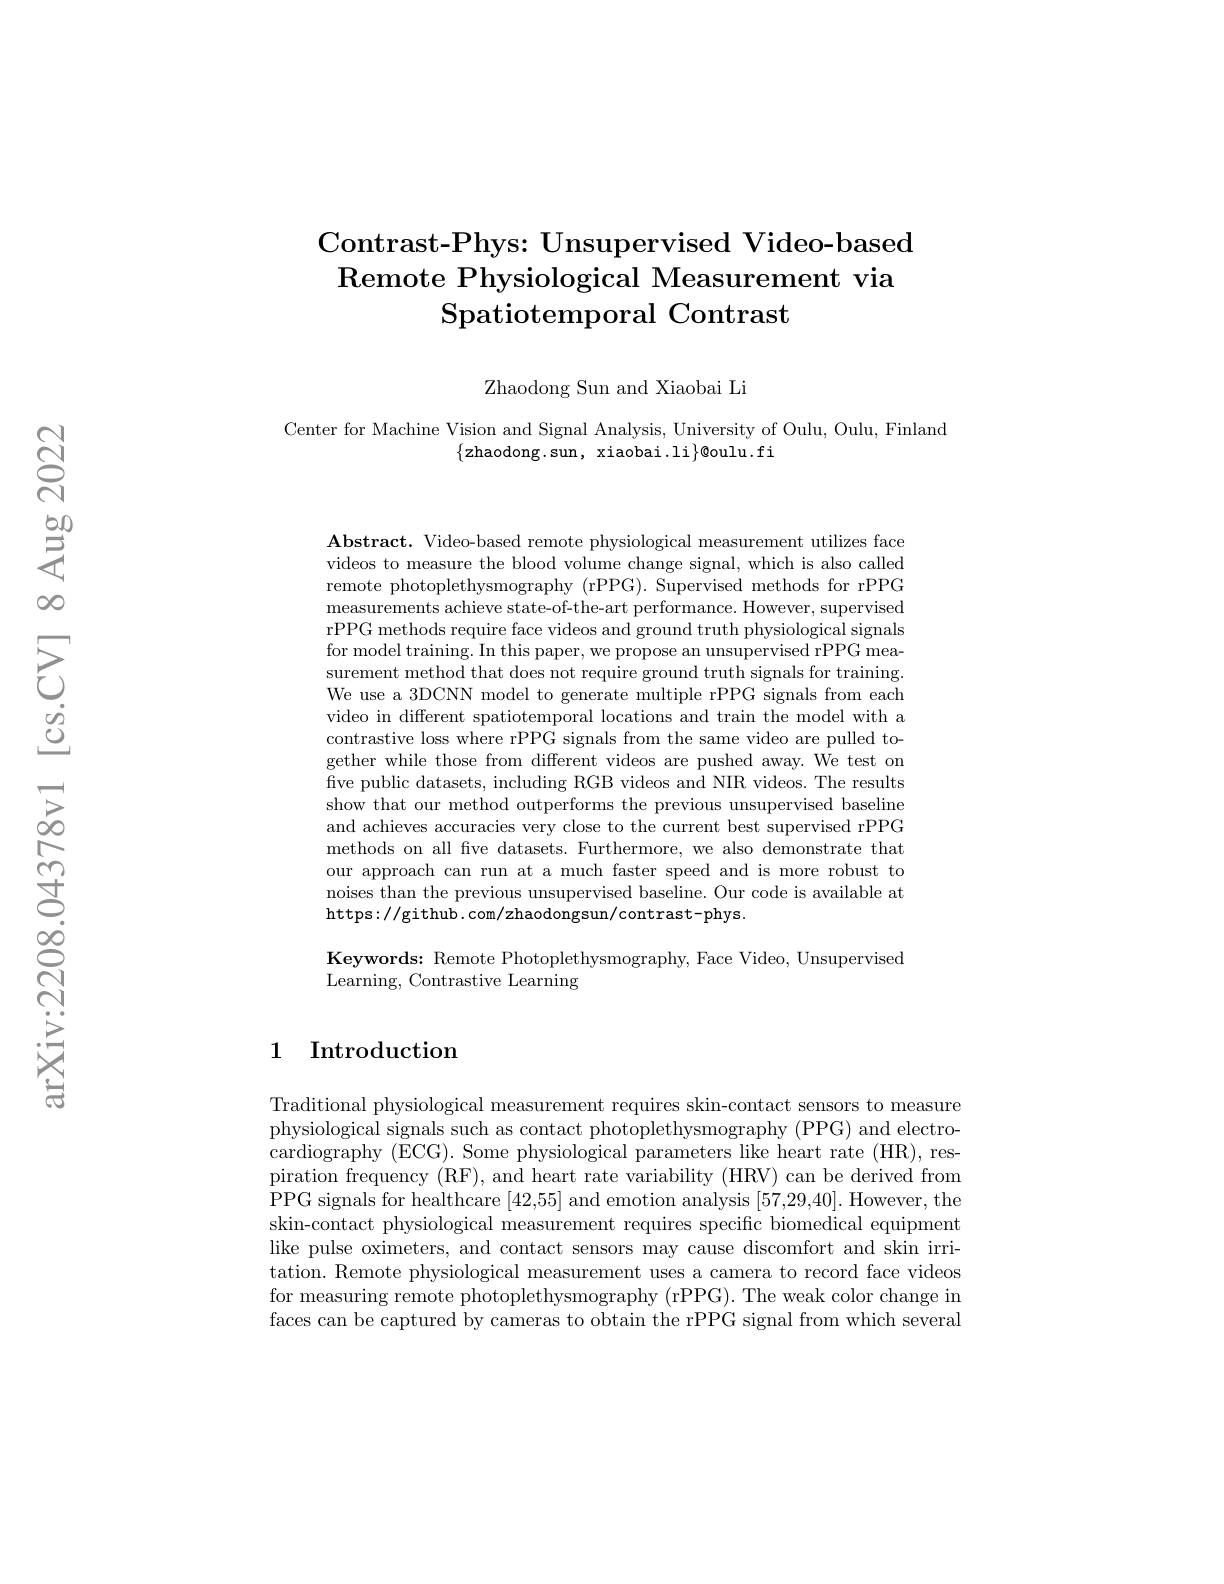
# Contrast-Phys: Unsupervised Video-based Remote Physiological Measurement via $\operatorname{Spatiotemporal}$ Contrast

Zhaodong Sun and Xiaobai Li

Center for Machine Vision and Signal Analysis, University of Oulu, Oulu, Finland
$\{$zhaodong.sun, xiaobai.li$\}$@oulu.fi

$\mathbf{Abstract.~Video-based~remote~physiological~measurement~utilizes~face}$ videos to measure the blood volume change signal, which is also called remote photoplethysmography (rPPG). Supervised methods for rPPG measurements achieve state-of-the-art performance. However, supervised rPPG methods require face videos and ground truth physiological signals for model training. In this paper, we propose an unsupervised rPPG measurement method that does not require ground truth signals for training. We use a 3DCNN model to generate multiple rPPG signals from each video in different spatiotemporal locations and train the model with a contrastive loss where rPPG signals from the same video are pulled together while those from different videos are pushed away. We test on five public datasets, including RGB videos and NIR videos. The results show that our method outperforms the previous unsupervised baseline and achieves accuracies very close to the current best supervised rPPG methods on all five datasets. Furthermore, we also demonstrate that our approach can run at a much faster speed and is more robust to noises than the previous unsupervised baseline. Our code is available at https://github. com/zhaodongsun/contrast-phys.

Keywords: Remote Photoplethysmography, Face Video, Unsupervised
Learning, Contrastive Learning

## 1 Introduction

Traditional physiological measurement requires skin-contact sensors to measure physiological signals such as contact photoplethysmography (PPG) and electrocardiography (ECG). Some physiological parameters like heart rate (HR), respiration frequency (RF), and heart rate variability (HRV) can be derived from PPG signals for healthcare [42,55] and emotion analysis [57,29,40]. However, the skin-contact physiological measurement requires specific biomedical equipment like pulse oximeters, and contact sensors may cause discomfort and skin irritation. Remote physiological measurement uses a camera to record face videos for measuring remote photoplethysmography (rPPG). The weak color change im faces can be captured by cameras to obtain the rPPG signal from which several